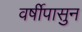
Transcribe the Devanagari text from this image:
वर्षीपासुन